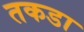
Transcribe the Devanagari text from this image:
तकडा